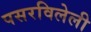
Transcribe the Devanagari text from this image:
पसरविलेली